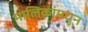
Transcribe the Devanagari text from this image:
मालिकांमधुन